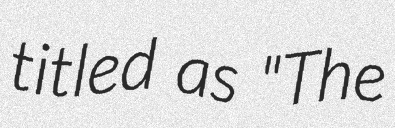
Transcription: titled as "The